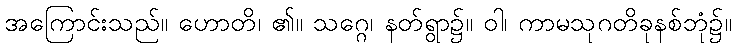
အကြောင်းသည်။ ဟောတိ၊ ၏။ သဂ္ဂေ၊ နတ်ရွာ၌။ ဝါ၊ ကာမသုဂတိခုနစ်ဘုံ၌။